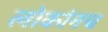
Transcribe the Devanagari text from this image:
लोकांनच